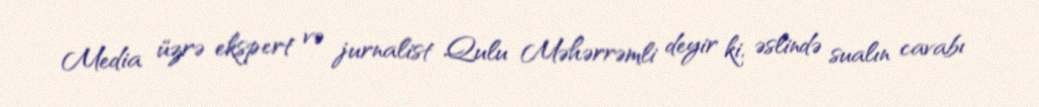
Media üzrə ekspert və jurnalist Qulu Məhərrəmli deyir ki, əslində sualın cavabı